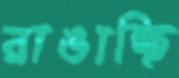
রাঙাচ্ছি